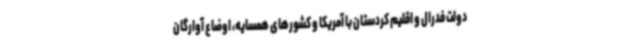
دولت فدرال و اقلیم کردستان با آمریکا و کشورهای همسایه، اوضاع آوارگان